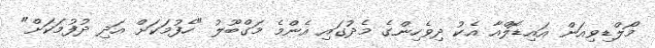
މޯލްޑިވިއަން އައިޑޮލްއާ އެކު ދިވެހިންގެ މެދުގައި އެންމެ މަގްބޫލު "ހެފުމަކަށް އަދި ދުފުމަކަށް"